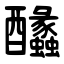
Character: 䤙